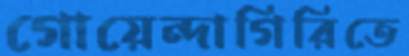
গোয়েন্দাগিরিতে